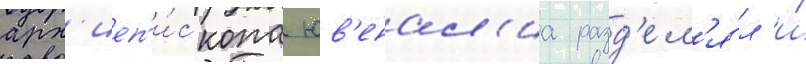
арх'иеп'и́скопа юв'енал'иа разд'ел'я́л и́